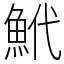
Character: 鮘